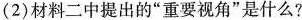
(2)材料二中提出的”重要视角”是什么?